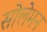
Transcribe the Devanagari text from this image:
सोलेमन